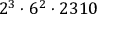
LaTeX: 2 ^ { 3 } \cdot 6 ^ { 2 } \cdot 2 3 1 0